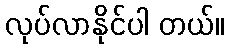
လုပ်လာနိုင်ပါ တယ်။